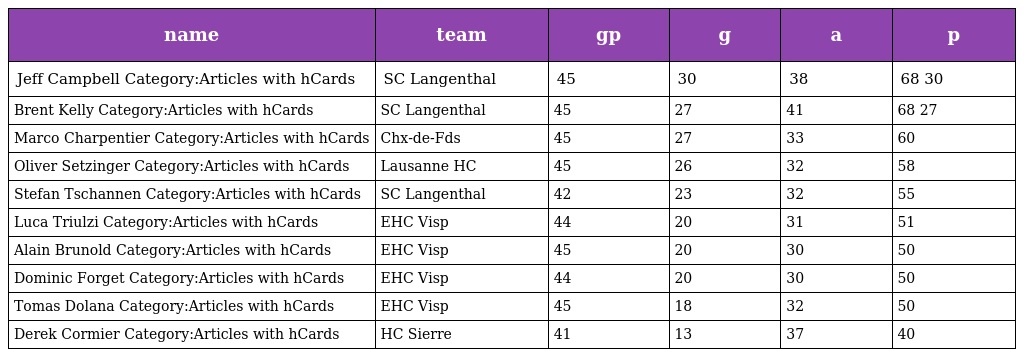
| name | team | gp | g | a | p |
 | --- | --- | --- | --- | --- | --- |
 | Jeff Campbell Category:Articles with hCards | SC Langenthal | 45 | 30 | 38 | 68 30 |
 | Brent Kelly Category:Articles with hCards | SC Langenthal | 45 | 27 | 41 | 68 27 |
 | Marco Charpentier Category:Articles with hCards | Chx-de-Fds | 45 | 27 | 33 | 60 |
 | Oliver Setzinger Category:Articles with hCards | Lausanne HC | 45 | 26 | 32 | 58 |
 | Stefan Tschannen Category:Articles with hCards | SC Langenthal | 42 | 23 | 32 | 55 |
 | Luca Triulzi Category:Articles with hCards | EHC Visp | 44 | 20 | 31 | 51 |
 | Alain Brunold Category:Articles with hCards | EHC Visp | 45 | 20 | 30 | 50 |
 | Dominic Forget Category:Articles with hCards | EHC Visp | 44 | 20 | 30 | 50 |
 | Tomas Dolana Category:Articles with hCards | EHC Visp | 45 | 18 | 32 | 50 |
 | Derek Cormier Category:Articles with hCards | HC Sierre | 41 | 13 | 37 | 40 |